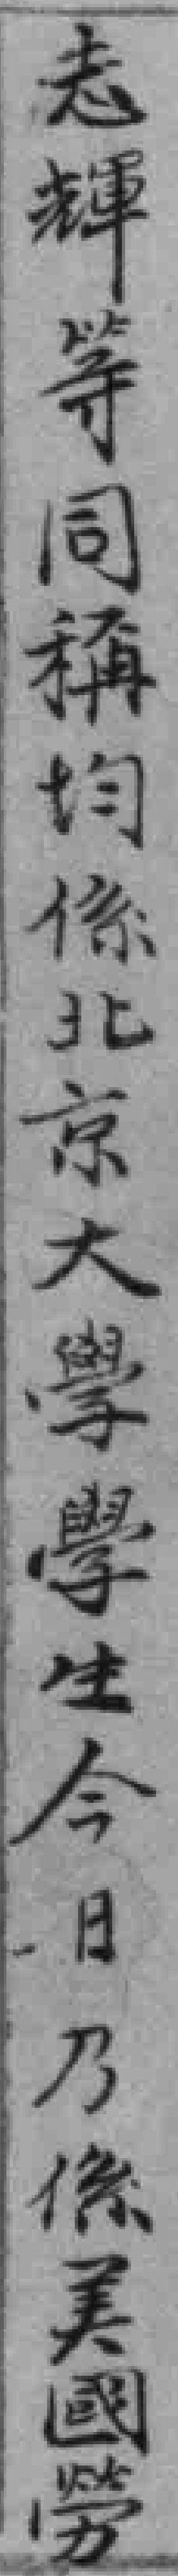
志輝等同稱均係北京大學學生今日乃后美國勞